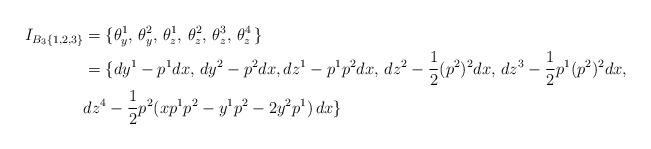
LaTeX: \begin{align*}I_{{B_3\{1,2,3\}} }&= \{\theta_y^1,\, \theta_y^2,\, \theta^1_z, \, \theta^2_z,\, \theta^3_z,\, \theta^4_z\,\}\\&= \{dy^1 - p^1 dx,\, dy^2 - p^2 dx, dz ^1 - p^1p^2 dx,\, dz^2 - \frac12(p^2)^2 dx,\, dz^3 - \frac12 p^1(p^2)^2 dx,\, \\& dz^4- \frac12p^2(xp^1p^2 - y^1p^2 - 2y^2 p^1)\, dx \}\end{align*}